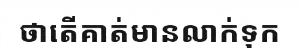
ថាតើគាត់មានលាក់ទុក